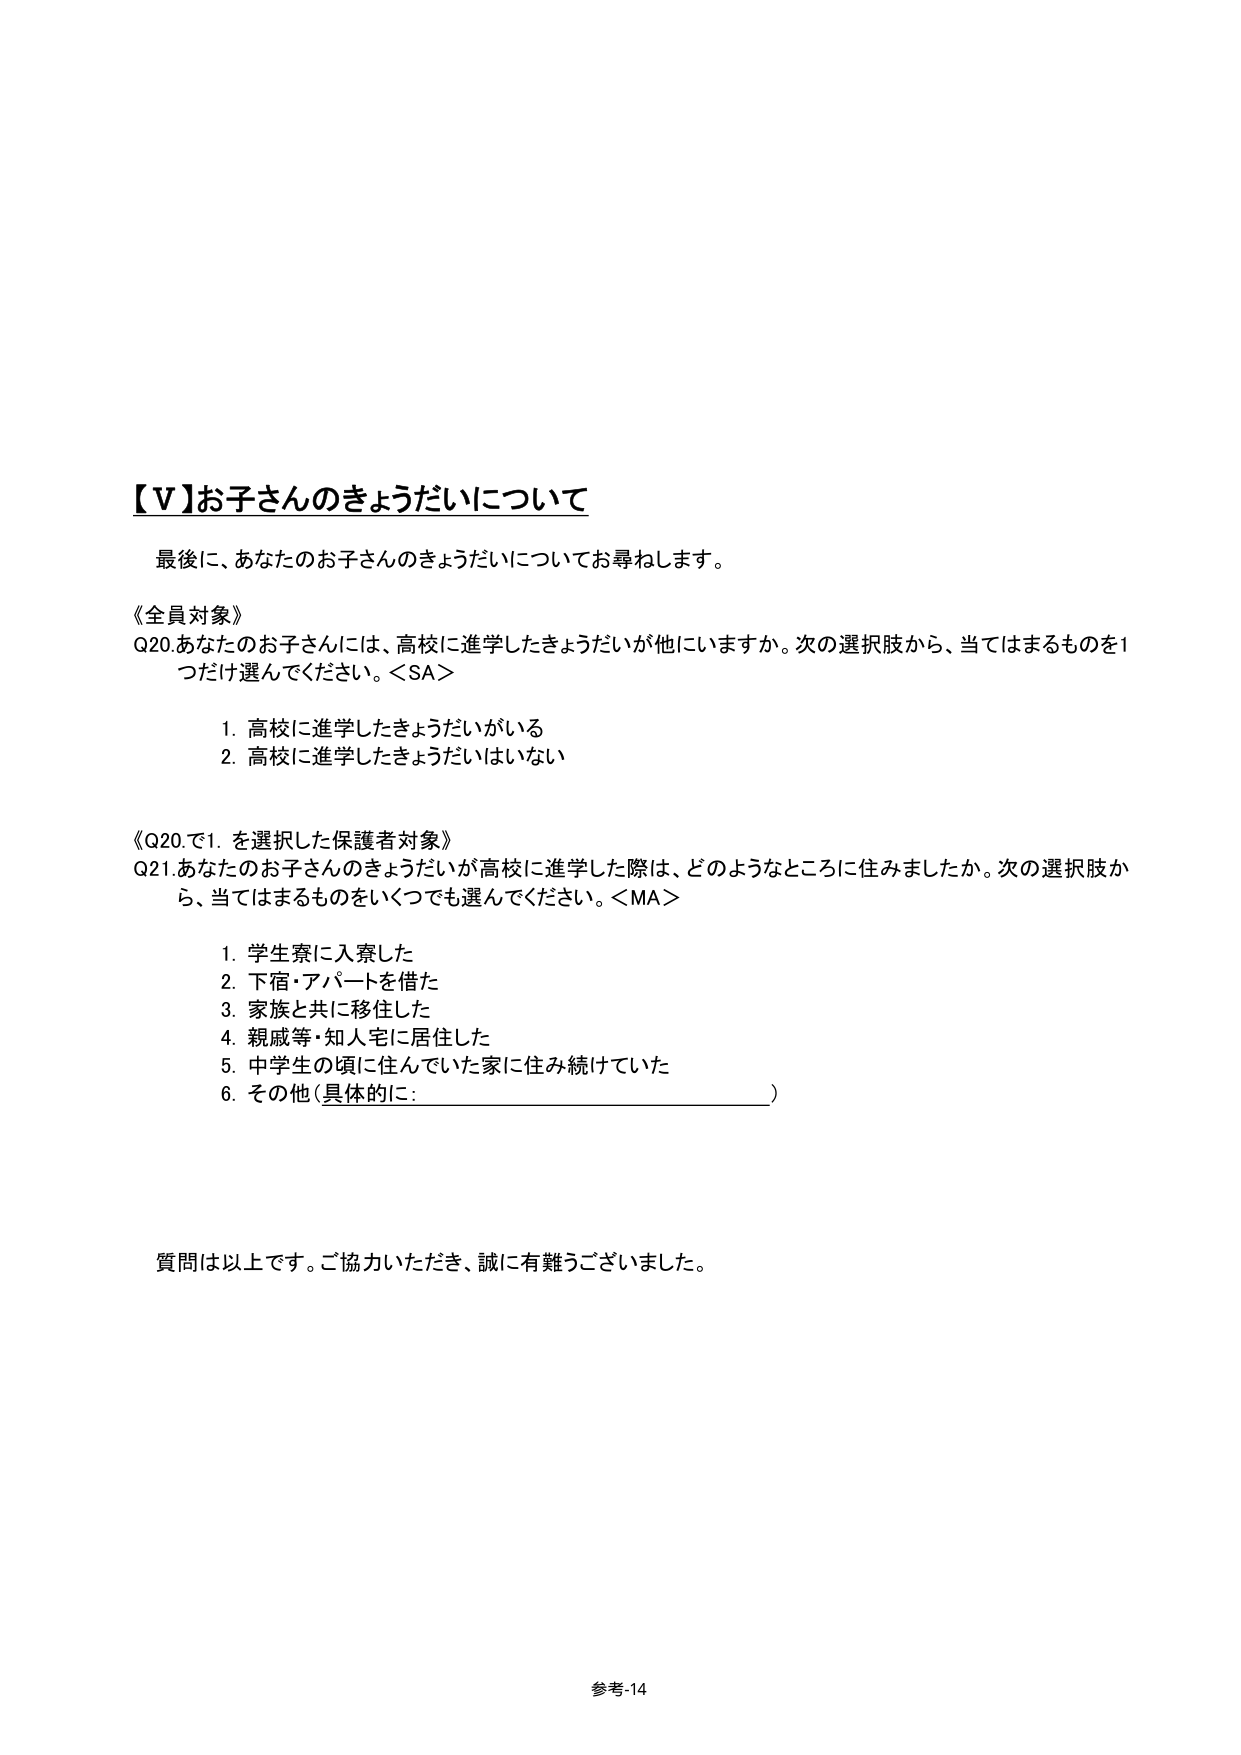
【V】お子さんのきょうだいについて

最後に、あなたのお子さんのきょうだいについてお尋ねします。

《全員対象》
Q20. あなたのお子さんには、高校に進学したきょうだいが他にいますか。次の選択肢から、当てはまるものを1つだけ選んでください。＜SA＞
　　1. 高校に進学したきょうだいがいる
　　2. 高校に進学したきょうだいはいない

《Q20.で1. を選択した保護者対象》
Q21. あなたのお子さんのきょうだいが高校に進学した際は、どのようなところに住みましたか。次の選択肢から、当てはまるものをいくつでも選んでください。＜MA＞
　　1. 学生寮に入寮した
　　2. 下宿・アパートを借た
　　3. 家族と共に移住した
　　4. 親戚等・知人宅に居住した
　　5. 中学生の頃に住んでいた家に住み続けていた
　　6. その他（具体的に：________________________）

質問は以上です。ご協力いただき、誠に有難うございました。

参考-14